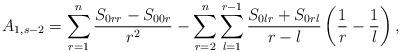
LaTeX: \begin{align*}A_{1,s-2} = \sum_{r=1}^{n}\frac{S_{0rr}-S_{00r}}{r^2} - \sum_{r=2}^{n}\sum_{l=1}^{r-1}\frac{S_{0lr}+S_{0rl}}{r-l}\left(\frac{1}{r}-\frac{1}{l}\right), \end{align*}